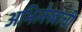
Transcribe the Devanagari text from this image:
अभिलेखाची